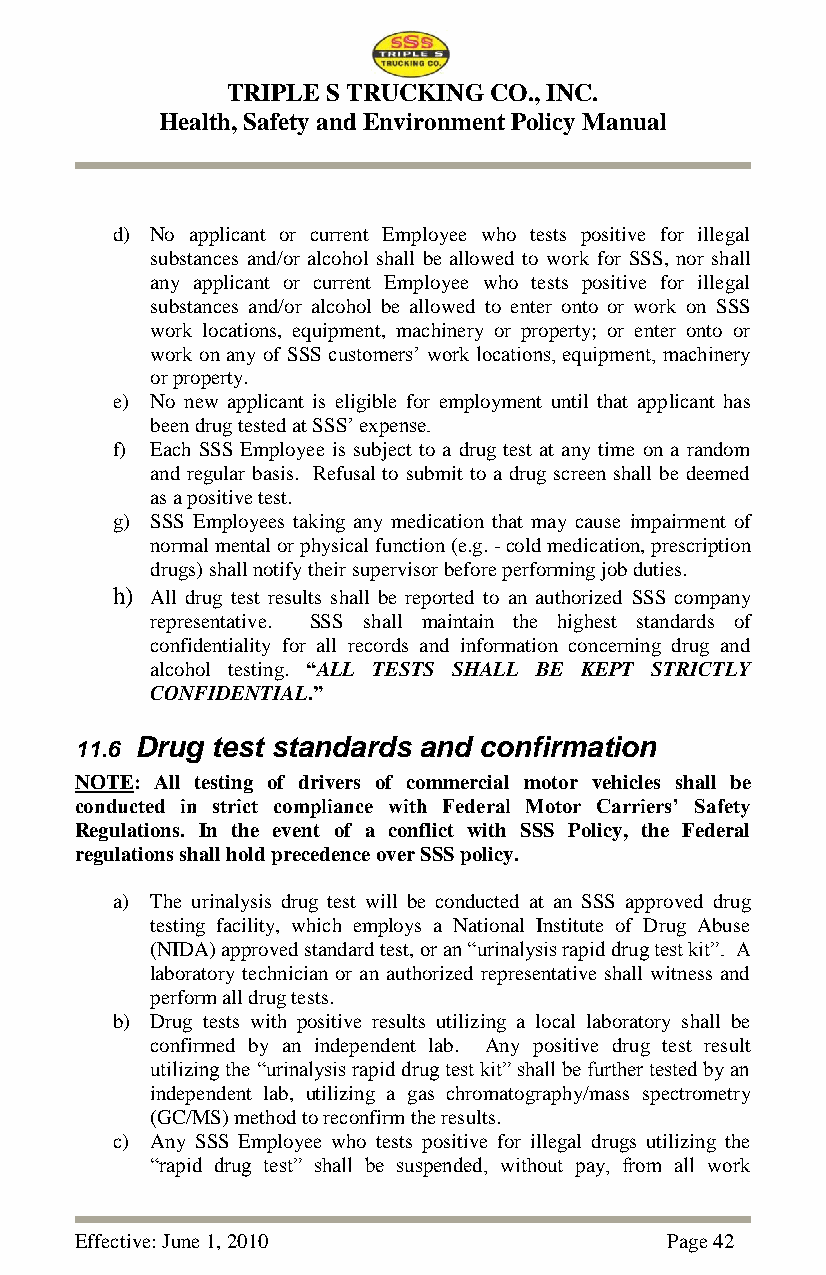
TRIPLE S TRUCKING CO., INC.
 Health, Safety and Environment Policy Manual
 d) No applicant or current Employee who tests positive for illegal
 substances and/or alcohol shall be allowed to work for SSS, nor shall
 any applicant or current Employee who tests positive for illegal
 substances and/or alcohol be allowed to enter onto or work on SSS
 work locations, equipment, machinery or property; or enter onto or
 work on any of SSS customers‘ work locations, equipment, machinery
 or property.
 e) No new applicant is eligible for employment until that applicant has
 been drug tested at SSS‘ expense.
 f) Each SSS Employee is subject to a drug test at any time on a random
 and regular basis. Refusal to submit to a drug screen shall be deemed
 as a positive test.
 g) SSS Employees taking any medication that may cause impairment of
 normal mental or physical function (e.g. - cold medication, prescription
 drugs) shall notify their supervisor before performing job duties.
 h) All drug test results shall be reported to an authorized SSS company
 representative. SSS shall maintain the highest standards of
 confidentiality for all records and information concerning drug and
 alcohol testing. “ALL TESTS SHALL BE KEPT STRICTLY
 CONFIDENTIAL.”
 11.6 Drug test standards and confirmation
 NOTE: All testing of drivers of commercial motor vehicles shall be
 conducted in strict compliance with Federal Motor Carriers’ Safety
 Regulations. In the event of a conflict with SSS Policy, the Federal
 regulations shall hold precedence over SSS policy.
 a) The urinalysis drug test will be conducted at an SSS approved drug
 testing facility, which employs a National Institute of Drug Abuse
 (NIDA) approved standard test, or an ―urinalysis rapid drug test kit‖. A
 laboratory technician or an authorized representative shall witness and
 perform all drug tests.
 b) Drug tests with positive results utilizing a local laboratory shall be
 confirmed by an independent lab. Any positive drug test result
 utilizing the ―urinalysis rapid drug test kit‖ shall be further tested by an
 independent lab, utilizing a gas chromatography/mass spectrometry
 (GC/MS) method to reconfirm the results.
 c) Any SSS Employee who tests positive for illegal drugs utilizing the
 ―rapid drug test‖ shall be suspended, without pay, from all work
 Effective: June 1, 2010                Page 42